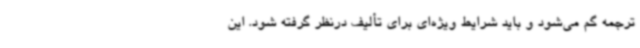
ترجمه گم می‌شود و باید شرایط ویژه‌ای برای تألیف درنظر گرفته شود. این